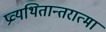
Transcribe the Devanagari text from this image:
प्रव्यथितान्तरात्मा